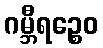
ဂမ္ဘီရဉ္စေဝ